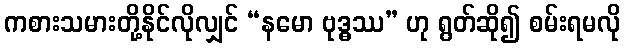
ကစားသမားတို့နိုင်လိုလျှင် “နမော ဗုဒ္ဓဿ” ဟု ရွတ်ဆို၍ စမ်းရမလို